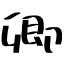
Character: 卿